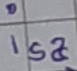
Text: isa